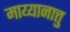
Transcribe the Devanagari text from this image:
माय्यानात्तु